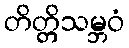
တိတ္တိသမ္ဘဝံ